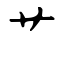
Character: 艹